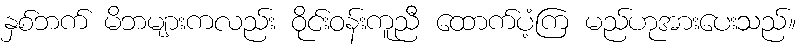
နှစ်ဘက် မိဘများကလည်း ဝိုင်းဝန်းကူညီ ထောက်ပံ့ကြ မည်ဟုအားပေးသည်။